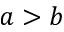
a > b